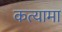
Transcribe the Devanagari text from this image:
कत्यामा